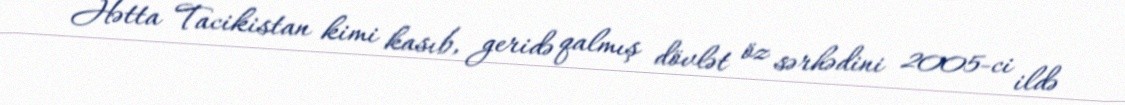
Hətta Tacikistan kimi kasıb, geridə qalmış dövlət öz sərhədini 2005-ci ildə